Malaria in the Duars
Disease focus: Malaria
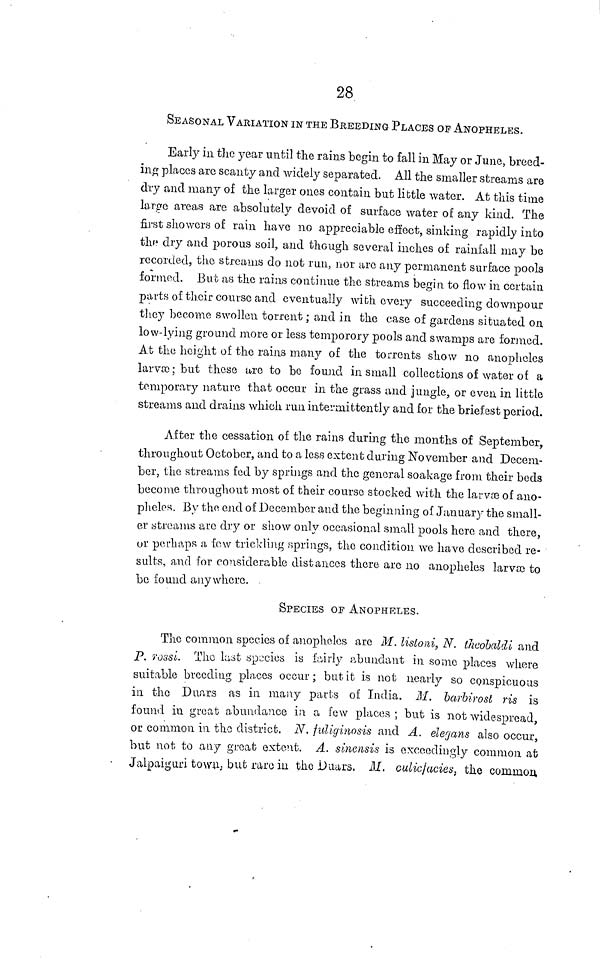
28
SEASONAL VARIATION IN THE BREEDING PLACES OP ANOPHELES.
Early in the year until the rains begin to fall in May or June, breed-
ing places are scanty and widely separated. All the smaller streams are
dry and many of the larger ones contain but little water. At this time
large areas are absolutely devoid of surface water of any kind. The
first showers of rain have no appreciable effect, sinking rapidly into
the dry and porous soil, and though several inches of rainfall may be
recorded, the streams do not run, nor are any permanent surface pools
formed. But as the rains continue the streams begin to flow in certain
parts of their course and eventually with every succeeding downpour
they become swollen torrent ; and in the case of gardens situated on
low-lying ground more or less temporory pools and swamps are formed.
At the height of the rains many of the torrents show no anopheles
larvæ ; but these are to be found in small collections of water of a
temporary nature that occur in the grass and jungle, or even in little
streams and drains which run intermittently and for the briefest period.
After the cessation of the rains during the months of September,
throughout October, and to a less extent during November and Decem-
ber, the streams feel by springs and the general soakage from their beds
become throughout most of their course stocked with the larvæ of ano-
pheles. By the end of December and the beginning of January the small-
er streams a,re dry or show only occasional small pools here and there,
or perhaps a few trickling springs, the condition we have described re-
sults, and for considerable distances there are no anopheles larvæ to
be found anywhere.
SPECIES OF ANOPHELES.
The common species of anopheles are M. lisloni, N. theobaldi and
P. rossi. The last species is fairly abundant in some places where
suitable breeding places occur; but it is not nearly so conspicuous
in the Duars as in many parts of India. M. barbirost ris is
found in great abundance in a few places ; but is not widespread,
or common in the district. N. fuliginosis and A. elegans also occur,
but not to any groat extent. A. sinensis is exceedingly common at
Jalpaiguri town, but rare in the Duars. M. Gulicjacies, the common